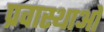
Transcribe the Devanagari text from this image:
प्रवास्थाओ